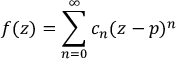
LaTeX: f ( z ) = \sum _ { n = 0 } ^ { \infty } c _ { n } ( z - p ) ^ { n }